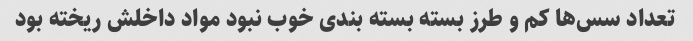
تعداد سس‌ها کم و طرز بسته بسته بندی خوب نبود مواد داخلش ریخته بود